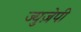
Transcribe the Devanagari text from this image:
ज्युज़ेपी